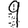
Digit: 9